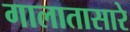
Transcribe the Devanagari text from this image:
गालातासारे